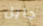
جايل